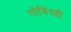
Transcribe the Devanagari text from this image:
गोविंदही